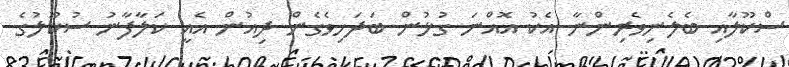
ސްކޫލާއި ބެލެނިވެރިންނާ އެކު އޮއްނަ ގުޅުން ބަދަހިވެގެން ދިއުން އެއީ ކަލާފާނު ސުކޫލުގެ